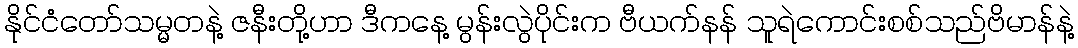
နိုင်ငံတော်သမ္မတနဲ့ ဇနီးတို့ဟာ ဒီကနေ့ မွန်းလွဲပိုင်းက ဗီယက်နန် သူရဲကောင်းစစ်သည်ဗိမာန်နဲ့